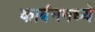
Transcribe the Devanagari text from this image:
कार्बनमध्ये